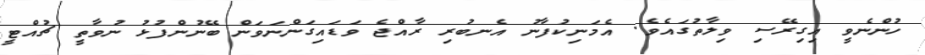
ހުންނެވީ އިގިރޭސި ވިލާތުގައެވެ. އެމަނިކުފާނު އެނބުރި ރާއްޖެ ވަޑައިގަންނަވަން ބޭނުންފުޅު ނުވާތީ ޗުއްޓީ